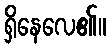
ရှိနေလေ၏။